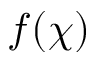
f ( \chi )